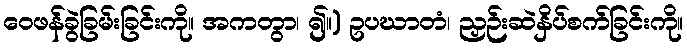
ဝေဖန်ခွဲခြမ်းခြင်းကို။ အကတွာ၊ ၍။) ဥပဃာတံ၊ ညှဉ်းဆဲနှိပ်စက်ခြင်းကို။